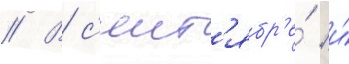
// В с'ент'ябр'е́ и́